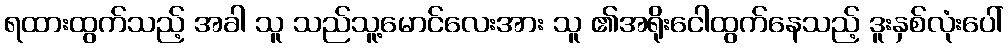
ရထားထွက်သည့် အခါ သူ သည်သူ့မောင်လေးအား သူ ၏အရိုးငေါထွက်နေသည့် ဒူးနှစ်လုံးပေါ်